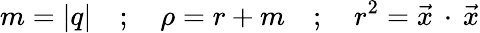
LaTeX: m=|q|\quad;\quad\rho=r+m\quad;\quad r^{2}={\vec{x}}\, \cdot\, {\vec{x}}